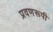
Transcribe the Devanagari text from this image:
प्रवणरूपी